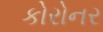
કોરોનર